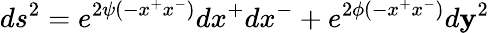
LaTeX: ds^{2}=e^{2\psi(-x^{+}x^{-})}dx^{+}dx^{-}+e^{2\phi(-x^{+}x^{-})}d\mathbf{y}^{2}